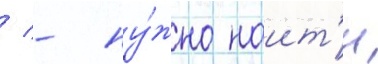
/ - ну́жно наит'и